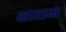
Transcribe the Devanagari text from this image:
क्षाराम